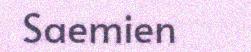
Saemien